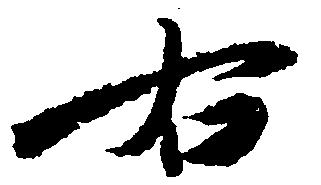
右